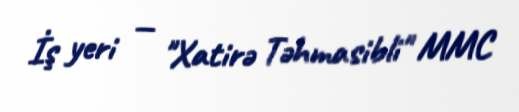
İş yeri — "Xatirə Təhmasibli" MMC